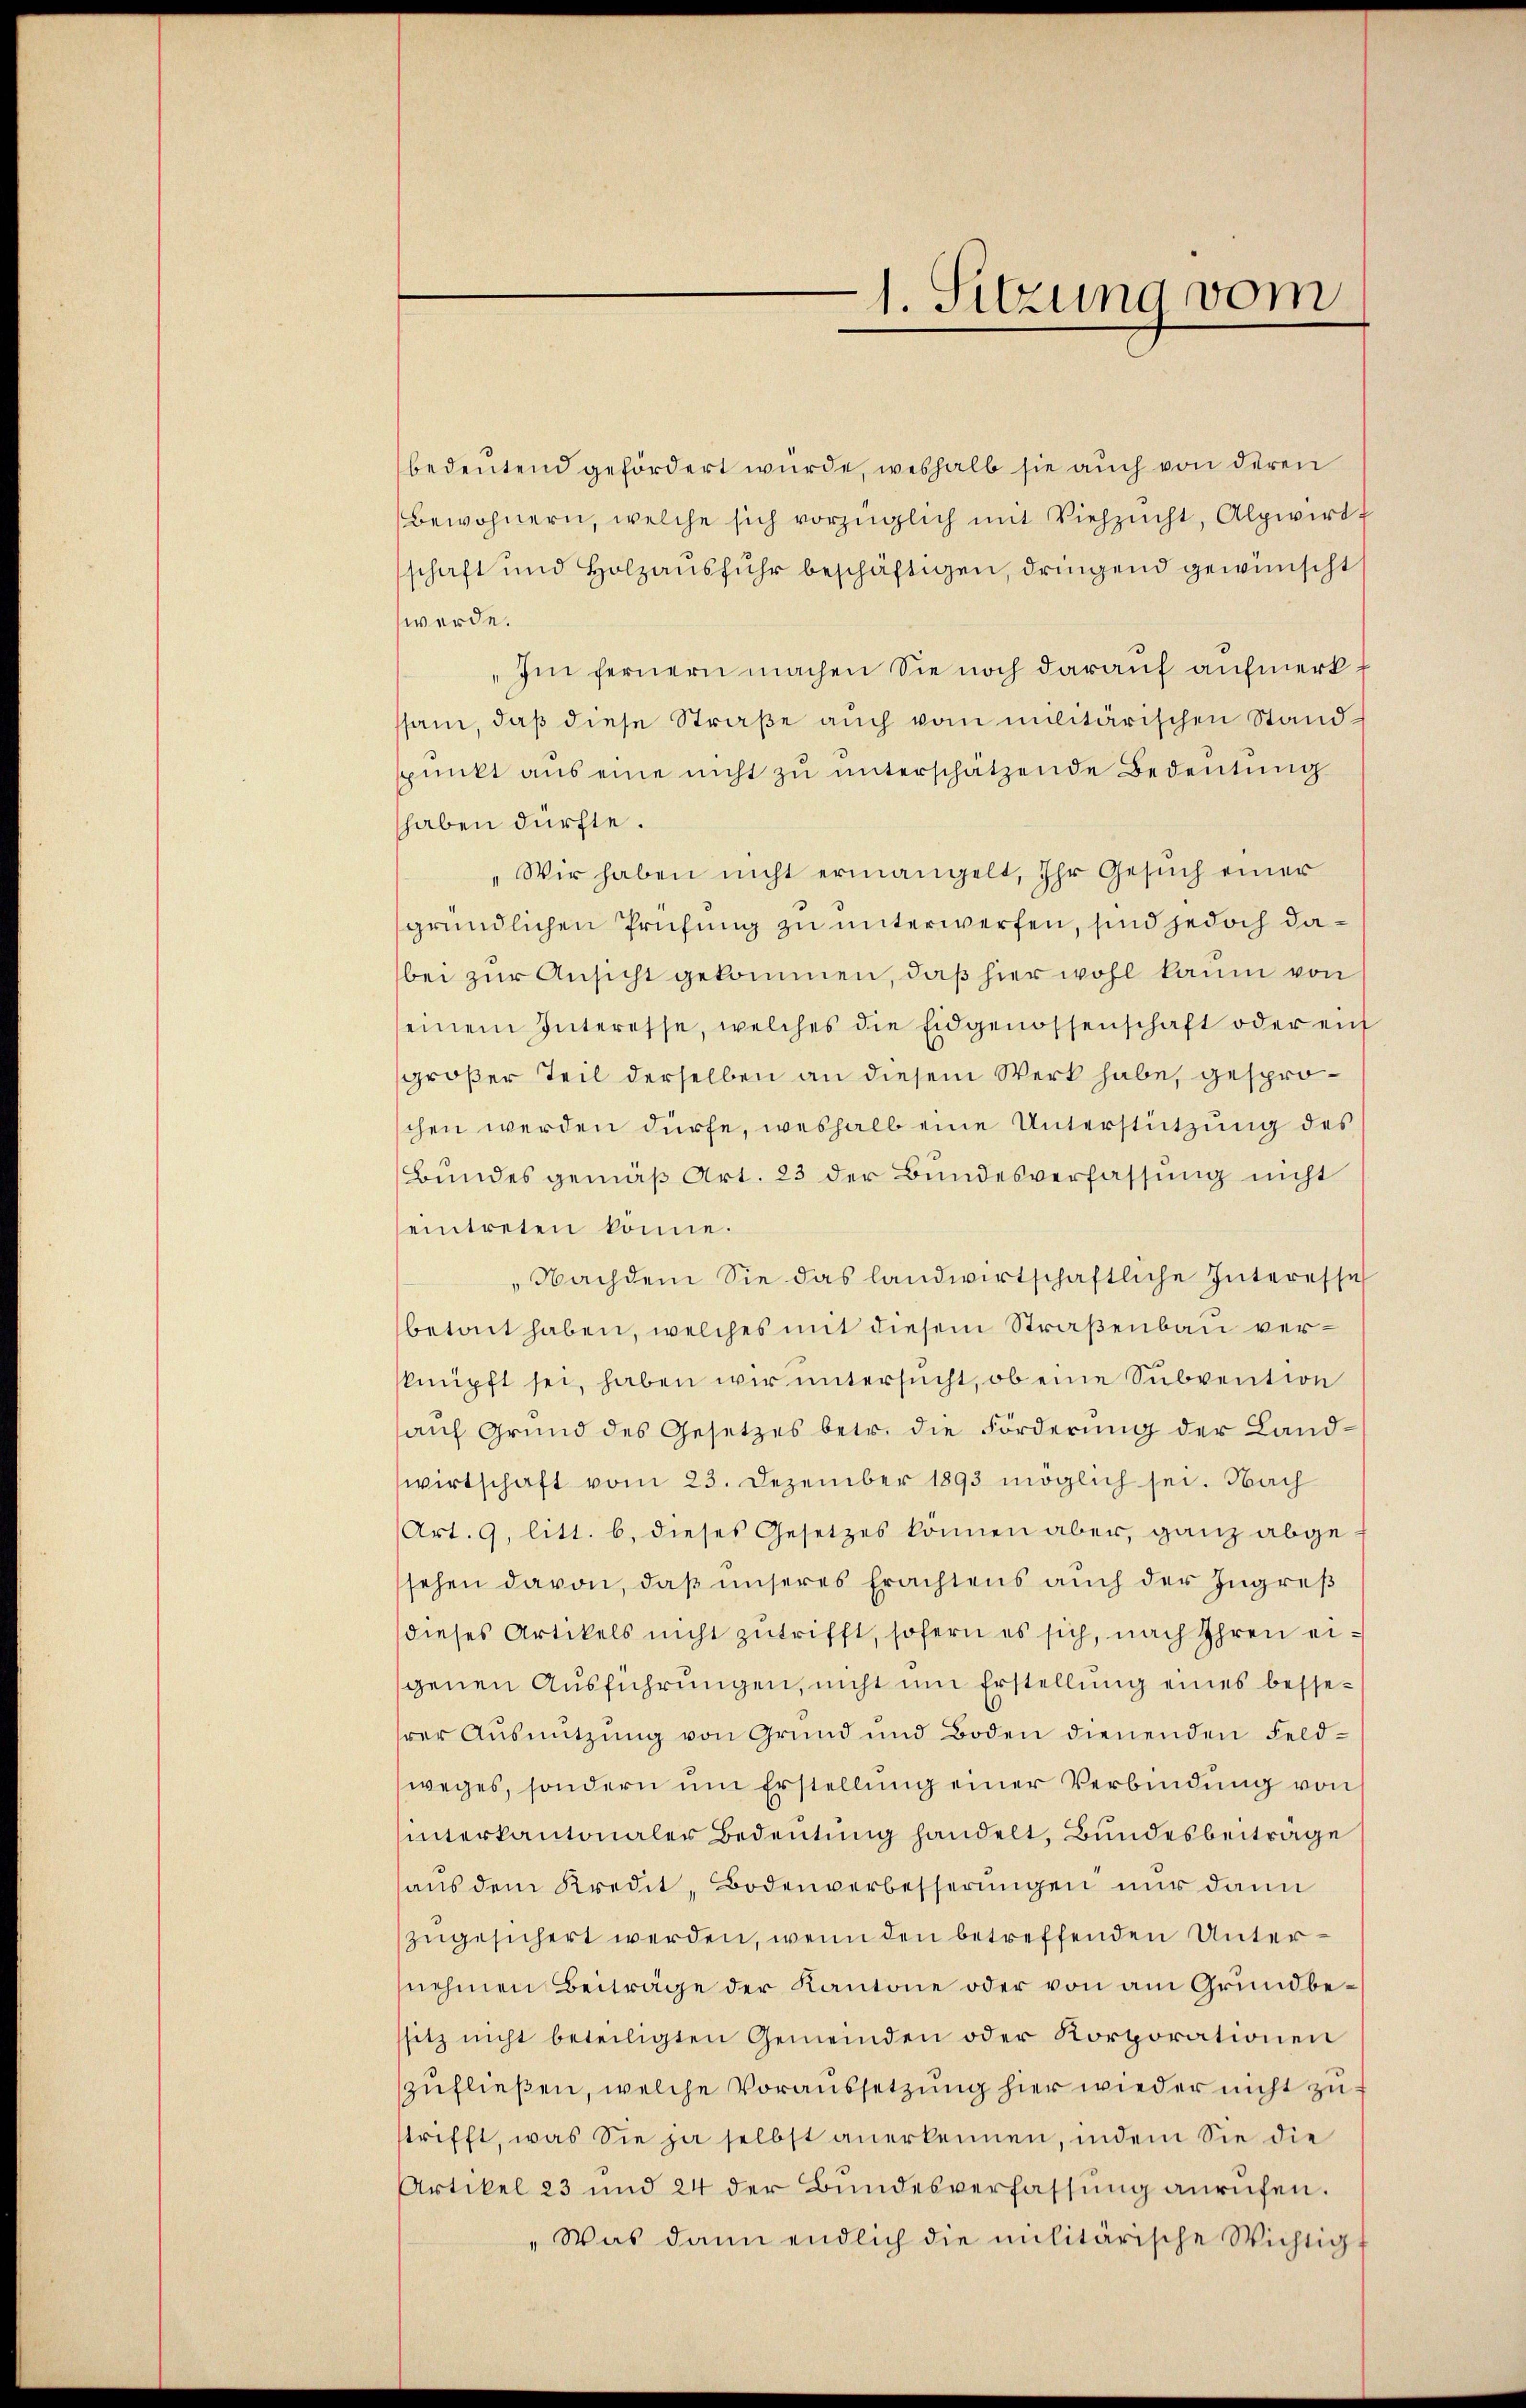
1. Sitzung vom

bedeutend gefördert wurde, weshalb sie auch von deren
bewohnern, welche sich vorzüglich mit Viehzŭcht, Alpwirt
schaft und Holzausfuhr beschäftigen, dringend gewünscht
werde.
Im fernern machen Sie noch darauf aufmerk f
sam, daß diese Straße auch vom militärischen Standpŭnkt ans eine nicht zŭ ŭnterschätzende Bedeutung
haben dürfte.
Wir haben nicht ermangelt, Ihr Gesŭch einer
gründlichen Prüfung zu unterwerfen, sind jedoch dabei zur Ansicht gekommen, daß hier wohl kaum von
einem Interesse, welches die Eidgenossenschaft oder ent
großer Teil derselben an diesem Werk habe, gesproschen werden dürfe, weshalb eine Unterstützung des
Bundes gemäß Art. 23 der Bundesverfassung nicht
eintreten könne.
"Nachdem Sie das landwirtschaftliche Interesse
betreit haben, welches mit diesem Straßenbau verknüpft sei, haben wir untersucht, ob eine Subvention
auf Grund des Gesetzes betr. die Förderung der Landwirtschaft vom 23. Dezember 1893 möglich sei. Nach
Art. 9, litt. b. dieses Gesetzes können aber, ganz abgesehen davon, daß unseres Erachtens auch der Ingreß
dieses Artikels nicht zutrifft, sofern es sich, nach Ihren eigenen Ausführungen, nicht um Erstellung eines bessehrer Ausnützŭng von Grund und Boden dienenden Feldweges, sondern ŭm Erstellŭng einer Verbindŭng von
interkantonaler Bedeutung handelt, Bundesbeitrage
aus dem Kredit, Bodenverbesserungen nur dann
zugesichert werden, wenn den betreffenden Unternehmen Beiträge der Kantone oder von am Grundbessitz nicht beteiligten Gemeinden oder Korporationen
zufließen, welche Voraussetzung hier wieder nicht zustrifft, was Sie ja selbst anerkennen, indem Sie die
Artikel 23 und 24 der Bundesverfassung anrufen.
„Was dann endlich die militärische Wichtig f